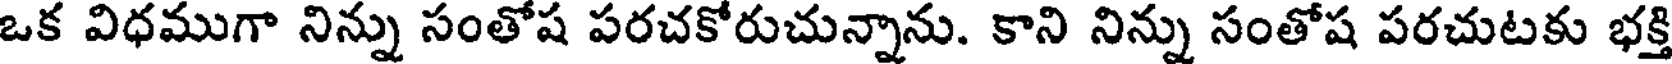
ఒక విధముగా నిన్ను సంతోష పరచకోరుచున్నాను. కాని నిన్ను సంతోష పరచుటకు భక్తి